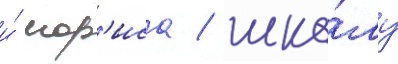
и́ мор'иса / шко́лу